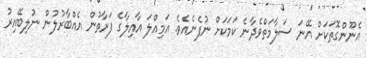
އެނޫންގޮތަކަށް އޭނަ ސަލާމަތްވެދާނެ ކަމަކަށް ނުފެނެއެވެ. އަމިއްލަ އާއިލާގެ ފަރާތުން އެއްބާރުލުން ނުލިބޭއިރު